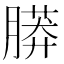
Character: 𦟮